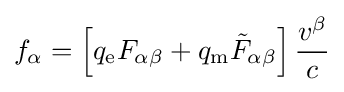
f_{\alpha }=\left[q_{\mathrm {e} }F_{\alpha \beta }+q_{\mathrm {m} }{{\tilde {F}}_{\alpha \beta }}\right]{\frac {v^{\beta }}{c}}